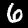
Digit: 6